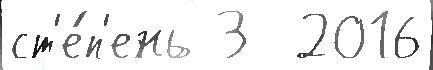
ст'е́п'ень 3  2016